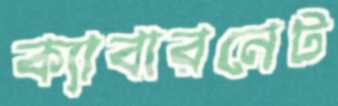
ক্যাবারনেট